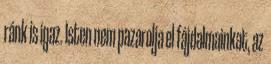
ránk is igaz. Isten nem pazarolja el fájdalmainkat, az